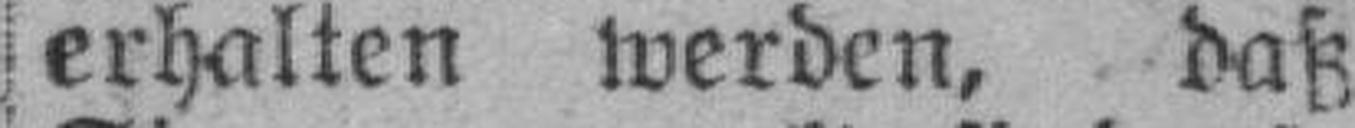
erhalten werden, daß